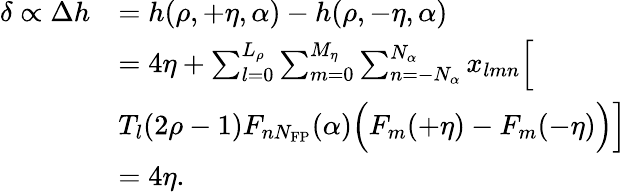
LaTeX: \begin{array}{rl}{\delta\propto\Delta h}&{=h(\rho,+\eta,\alpha)-h(\rho,-\eta,\alpha)}\\ &{=4\eta+\sum_{l=0}^{L_{\rho}}\sum_{m=0}^{M_{\eta}}\sum_{n=-N_{\alpha}}^{N_{\alpha}}x_{lmn}\Big[}\\ &{T_{l}(2\rho-1)F_{nN_{\mathrm{FP}}}(\alpha)\Big(F_{m}(+\eta)-F_{m}(-\eta)\Big)\Big]}\\ &{=4\eta.}\end{array}